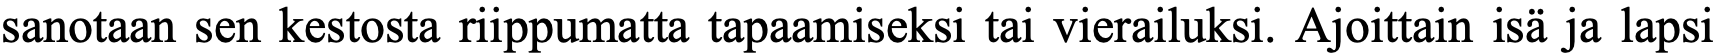
sanotaan sen kestosta riippumatta tapaamiseksi tai vierailuksi. Ajoittain isä ja lapsi